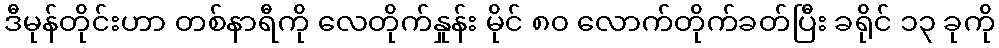
ဒီမုန်တိုင်းဟာ တစ်နာရီကို လေတိုက်နှုန်း မိုင် ၈၀ လောက်တိုက်ခတ်ပြီး ခရိုင် ၁၃ ခုကို